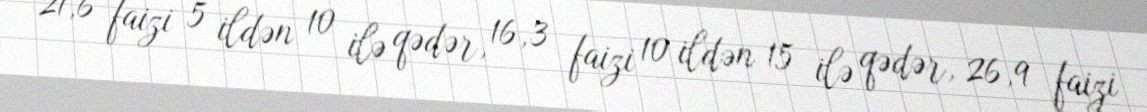
21,6 faizi 5 ildən 10 ilə qədər, 16,3 faizi 10 ildən 15 ilə qədər, 26,9 faizi